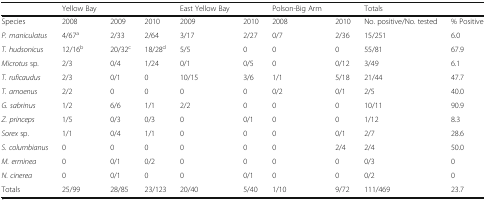
|  | Yellow Bay |  |  | East Yellow Bay |  | Polson-Big Arm |  | Totals |  |
 | --- | --- | --- | --- | --- | --- | --- | --- | --- | --- |
 | Species | 2008 | 2009 | 2010 | 2009 | 2010 | 2008 | 2010 | No. positive/No. tested | % Positive |
 | P. maniculatus | 4/67a | 2/33 | 2/64 | 3/17 | 2/27 | 0/7 | 2/36 | 15/251 | 6.0 |
 | T. hudsonicus | 12/16b | 20/32c | 18/28d | 5/5 | 0 | 0 | 0 | 55/81 | 67.9 |
 | Microtus sp. | 2/3 | 0/4 | 1/24 | 0/1 | 0/5 | 0 | 0/12 | 3/49 | 6.1 |
 | T. ruficaudus | 2/3 | 0/1 | 0 | 10/15 | 3/6 | 1/1 | 5/18 | 21/44 | 47.7 |
 | T. amoenus | 2/2 | 0 | 0 | 0 | 0 | 0/2 | 0/1 | 2/5 | 40.0 |
 | G. sabrinus | 1/2 | 6/6 | 1/1 | 2/2 | 0 | 0 | 0 | 10/11 | 90.9 |
 | Z. princeps | 1/5 | 0/3 | 0/3 | 0 | 0/1 | 0 | 0 | 1/12 | 8.3 |
 | Sorex sp. | 1/1 | 0/4 | 1/1 | 0 | 0 | 0 | 0/1 | 2/7 | 28.6 |
 | S. columbianus | 0 | 0 | 0 | 0 | 0 | 0 | 2/4 | 2/4 | 50.0 |
 | M. erminea | 0 | 0/1 | 0/2 | 0 | 0 | 0 | 0 | 0/3 | 0 |
 | N. cinerea | 0 | 0/1 | 0 | 0 | 0/1 | 0 | 0 | 0/2 | 0 |
 | Totals | 25/99 | 28/85 | 23/123 | 20/40 | 5/40 | 1/10 | 9/72 | 111/469 | 23.7 |